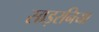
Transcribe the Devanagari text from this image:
साइरनिया